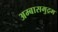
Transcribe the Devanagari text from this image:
अम्बासमुद्रम